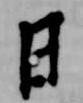
日